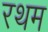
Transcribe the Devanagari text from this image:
रथम